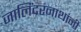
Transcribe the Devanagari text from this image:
जालिंदरनाथांनी